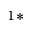
^ { 1 \ast }